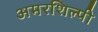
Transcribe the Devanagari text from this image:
अमरशिल्पी